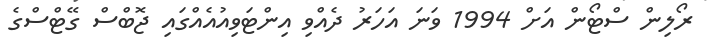
ރޯލިން ސްޓޯން އަށް 1994 ވަނަ އަހަރު ދެއްވި އިންޓަވިއުއެއްގައި ޖޮބްސް ގޭޓްސްގެ